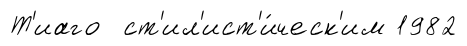
Т'иаго ст'ил'ист'и́ческ'им 1982